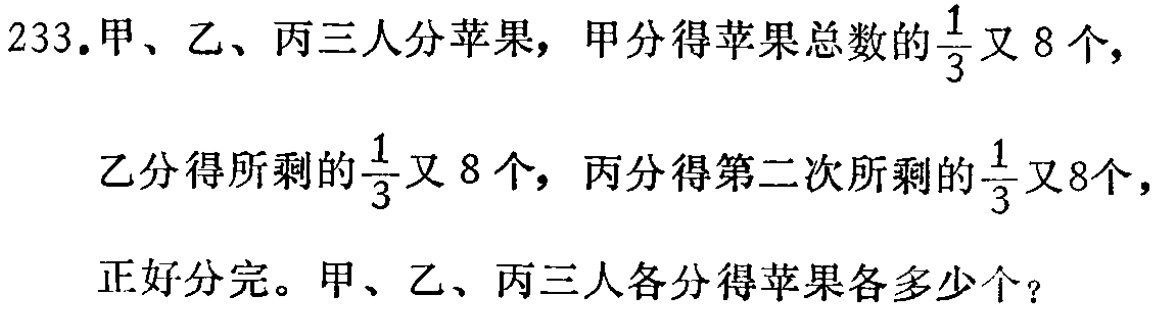
233.甲、乙、丙三人分苹果，甲分得苹果总数的$\frac{1}{3}$又 8 个，

乙分得所剩的$\frac{1}{3}$又 8 个，丙分得第二次所剩的$\frac{1}{3}$又8个，

正好分完。甲、乙、丙三人各分得苹果各多少个？